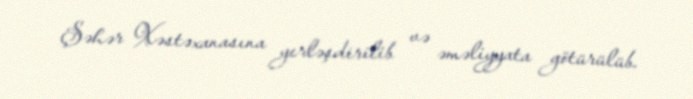
Şəhər Xəstəxanasına yerləşdirilib və əməliyyata götürülüb.